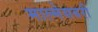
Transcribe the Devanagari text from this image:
माल्मेसबरी